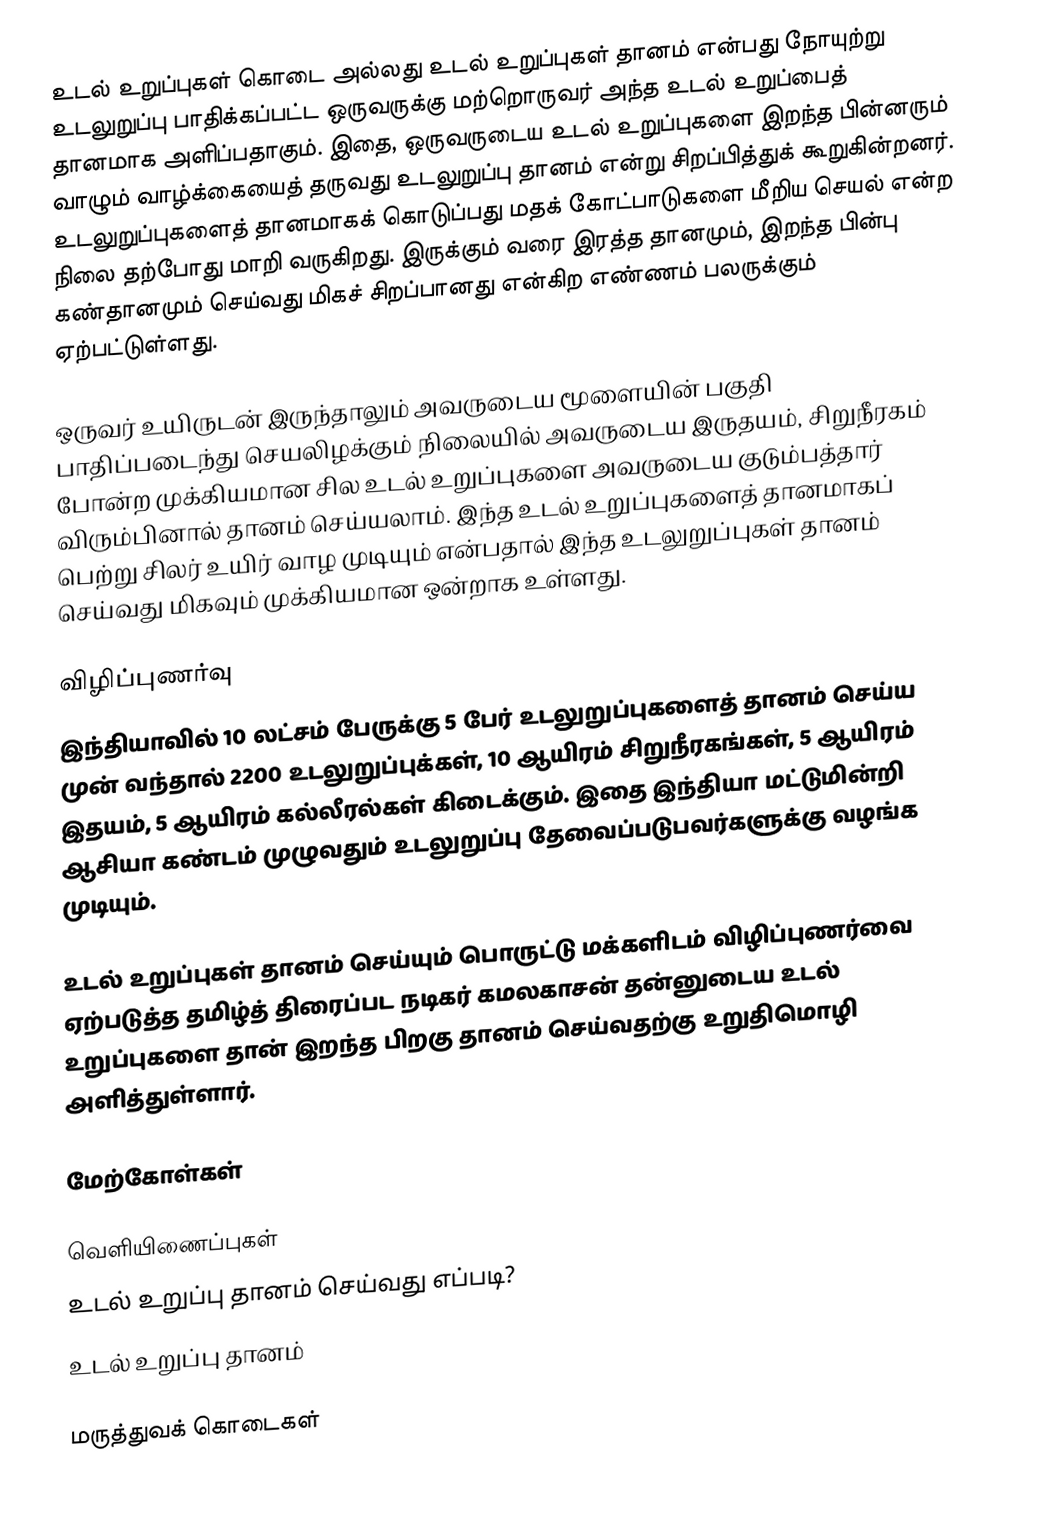
உடல் உறுப்புகள் கொடை அல்லது உடல் உறுப்புகள் தானம் என்பது நோயுற்று உடலுறுப்பு பாதிக்கப்பட்ட ஒருவருக்கு மற்றொருவர் அந்த உடல் உறுப்பைத் தானமாக அளிப்பதாகும். இதை, ஒருவருடைய உடல் உறுப்புகளை இறந்த பின்னரும் வாழும் வாழ்க்கையைத் தருவது உடலுறுப்பு தானம் என்று சிறப்பித்துக் கூறுகின்றனர். உடலுறுப்புகளைத் தானமாகக் கொடுப்பது மதக் கோட்பாடுகளை மீறிய செயல் என்ற நிலை தற்போது மாறி வருகிறது. இருக்கும் வரை இரத்த தானமும், இறந்த பின்பு கண்தானமும் செய்வது மிகச் சிறப்பானது என்கிற எண்ணம் பலருக்கும் ஏற்பட்டுள்ளது.

ஒருவர் உயிருடன் இருந்தாலும் அவருடைய மூளையின் பகுதி பாதிப்படைந்து செயலிழக்கும் நிலையில் அவருடைய இருதயம், சிறுநீரகம் போன்ற முக்கியமான சில உடல் உறுப்புகளை அவருடைய குடும்பத்தார் விரும்பினால் தானம் செய்யலாம். இந்த உடல் உறுப்புகளைத் தானமாகப் பெற்று சிலர் உயிர் வாழ முடியும் என்பதால் இந்த உடலுறுப்புகள் தானம் செய்வது மிகவும் முக்கியமான ஒன்றாக உள்ளது.

விழிப்புணர்வு
இந்தியாவில் 10 லட்சம் பேருக்கு 5 பேர் உடலுறுப்புகளைத் தானம் செய்ய முன் வந்தால் 2200 உடலுறுப்புக்கள், 10 ஆயிரம் சிறுநீரகங்கள், 5 ஆயிரம் இதயம், 5 ஆயிரம் கல்லீரல்கள் கிடைக்கும். இதை இந்தியா மட்டுமின்றி ஆசியா கண்டம் முழுவதும் உடலுறுப்பு தேவைப்படுபவர்களுக்கு வழங்க முடியும்.

உடல் உறுப்புகள் தானம் செய்யும் பொருட்டு மக்களிடம் விழிப்புணர்வை ஏற்படுத்த தமிழ்த் திரைப்பட நடிகர் கமலகாசன் தன்னுடைய உடல் உறுப்புகளை தான் இறந்த பிறகு தானம் செய்வதற்கு உறுதிமொழி அளித்துள்ளார்.

மேற்கோள்கள்

வெளியிணைப்புகள்
 உடல் உறுப்பு தானம் செய்வது எப்படி?
 உடல் உறுப்பு தானம்

மருத்துவக் கொடைகள்